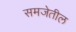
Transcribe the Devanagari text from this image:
समजेतील